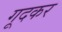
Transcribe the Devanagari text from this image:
गूदकर